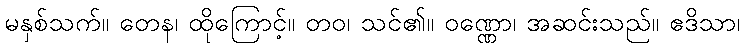
မနှစ်သက်။ တေန၊ ထိုကြောင့်။ တဝ၊ သင်၏။ ဝဏ္ဏော၊ အဆင်းသည်။ ဧဒိသာ၊